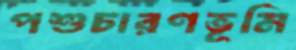
পশুচারণভূমি